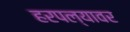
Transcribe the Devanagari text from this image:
हरपल्यावर